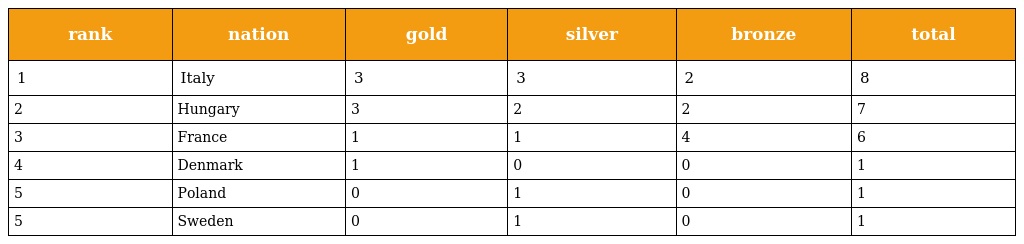
| rank | nation | gold | silver | bronze | total |
 | --- | --- | --- | --- | --- | --- |
 | 1 | Italy | 3 | 3 | 2 | 8 |
 | 2 | Hungary | 3 | 2 | 2 | 7 |
 | 3 | France | 1 | 1 | 4 | 6 |
 | 4 | Denmark | 1 | 0 | 0 | 1 |
 | 5 | Poland | 0 | 1 | 0 | 1 |
 | 5 | Sweden | 0 | 1 | 0 | 1 |